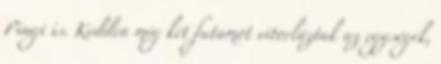
Pingi is. Kedden még két futamot vitorláztak az egységek,